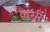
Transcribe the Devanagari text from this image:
कैम्री